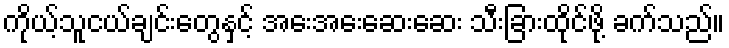
ကိုယ့်သူငယ်ချင်းတွေနှင့် အေးအေးဆေးဆေး သီးခြားထိုင်ဖို့ ခက်သည်။